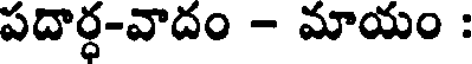
పదార్ధ-వాదం - మాయం :